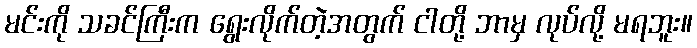
မင်းကို သခင်ကြီးက ရွေးလိုက်တဲ့အတွက် ငါတို့ ဘာမှ လုပ်လို့ မရဘူး။